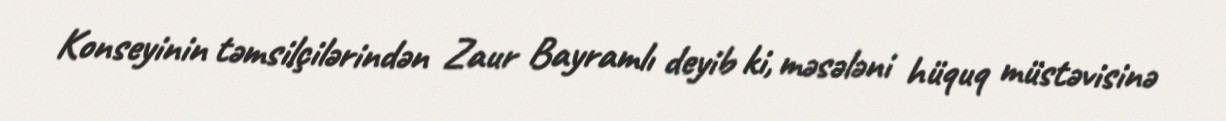
Konseyinin təmsilçilərindən Zaur Bayramlı deyib ki, məsələni hüquq müstəvisinə